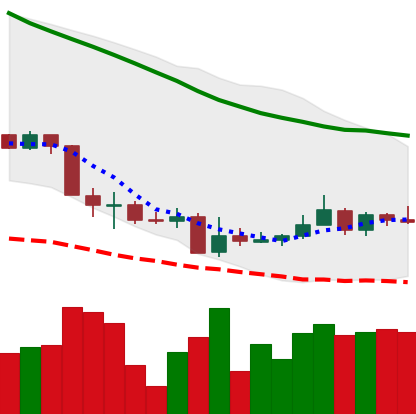
Ticker: XMR-USD
Chart end date: 2018-06-07
Forward return: -23.337%
Label: down_7plus